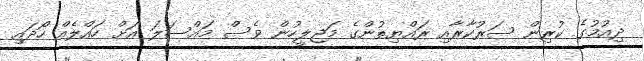
ދިއުމުގެ ކުރިން ސަރުކާރާއި ރައްޔިތުންގެ މަޖިލީހުން ވެސް މައްސަލަ އަށް ހައްލެއް ހޯދައި